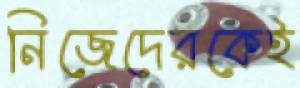
নিজেদেরকেই